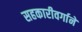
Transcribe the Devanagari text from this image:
सहकारीवर्गाने